Indian journal of veterinary science and animal husbandry - Volume 7,
Year: 1937
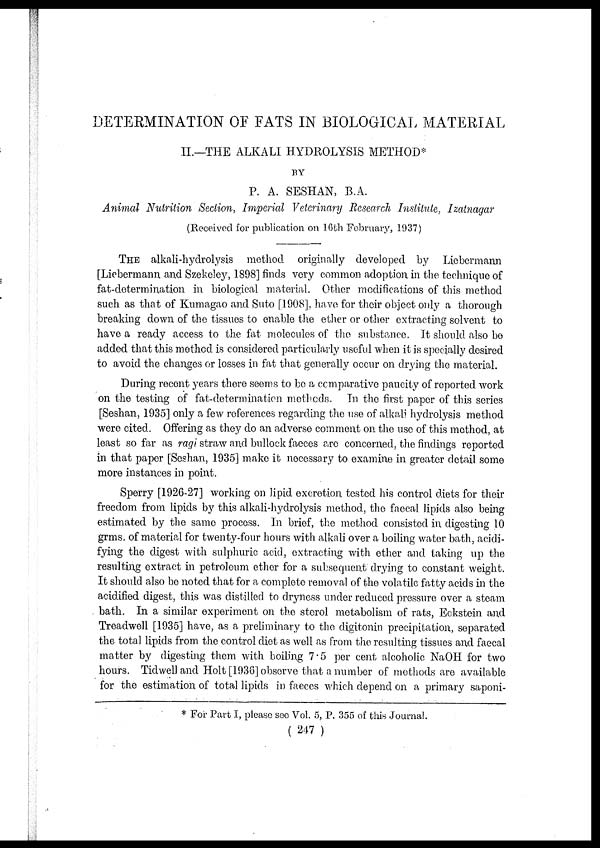
DETERMINATION OF FATS IN BIOLOGICAL MATERIAL
II.—THE ALKALI HYDROLYSIS METHOD*
BY
P. A. SESHAN, B.A.
Animal Nutrition Section, Imperial Veterinary Research Institute, Izatnagar
(Received for publication on 16th February, 1937)
THE alkali-hydrolysis method originally developed by Liebermann
[Liebermann and Szekeley, 1898] finds very common adoption in the technique of
fat-determination in biological material. Other modifications of this method
such as that of Kumagao and Suto [1908], have for their object only a thorough
breaking down of the tissues to enable the ether or other extracting solvent to
have a ready access to the fat molecules of the substance. It should also be
added that this method is considered particularly useful when it is specially desired
to avoid the changes or losses in fat that generally occur on drying the material.
During recent years there seems to be a comparative paucity of reported work
on the testing of fat-determination methods. In the first paper of this series
[Seshan, 1935] only a few references regarding the use of alkali hydrolysis method
were cited. Offering as they do an adverse comment on the use of this method, at
least so far as ragi straw and bullock faeces are concerned, the findings reported
in that paper [Seshan, 1935] make it necessary to examine in greater detail some
more instances in point.
Sperry [1926-27] working on lipid excretion tested his control diets for their
freedom from lipids by this alkali-hydrolysis method, the faecal lipids also being
estimated by the same process. In brief, the method consisted in digesting 10
grms. of material for twenty-four hours with alkali over a boiling water bath, acidi-
fying the digest with sulphuric acid, extracting with ether and taking up the
resulting extract in petroleum ether for a subsequent drying to constant weight.
It should also be noted that for a complete removal of the volatile fatty acids in the
acidified digest, this was distilled to dryness under reduced pressure over a steam
bath. In a similar experiment on the sterol metabolism of rats, Eckstein and
Treadwell [1935] have, as a preliminary to the digitonin precipitation, separated
the total lipids from the control diet as well as from the resulting tissues and faecal
matter by digesting them with boiling 7.5 per cent alcoholic NaOH for two
hours. Tidwell and Holt [1936] observe that a number of methods are available
for the estimation of total lipids in faeces which depend on a primary saponi¬
* For Part I, please see Vol. 5, P. 355 of this Journal.
( 247 )